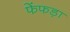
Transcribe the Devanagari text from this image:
फेंफड़ा